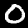
Label: 0